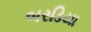
બરડિયા